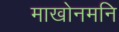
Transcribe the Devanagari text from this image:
माखोनमनि